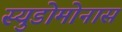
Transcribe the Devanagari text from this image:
स्युडोमोनास